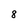
Character: 8